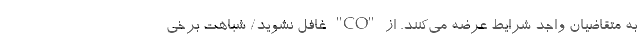
به متقاضیان واجد شرایط عرضه می‌کنند. از "CO" غافل نشوید/ شباهت برخی